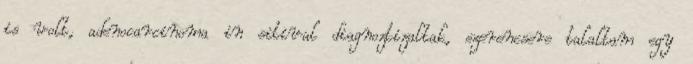
is volt, adenocarcinoma in sitival diagnoztizaltak, szerencsere talaltam egy